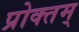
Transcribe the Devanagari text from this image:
प्रोक्तम्